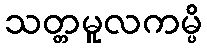
သတ္တမူလကမ္ပိ